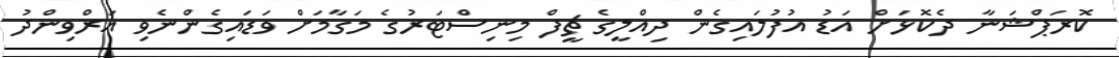
ކޮރަޕްޝަނާ ދެކޮޅަށް އަޑު އުފުލައިގެން ދިއްލީގެ ޗީފް މިނިސްޓަރުގެ މަގާމަށް ވަޑައިގެންނެވި އަރްވިންދު